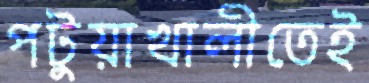
পটুয়াখালীতেই